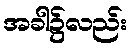
အခါ၌လည်း